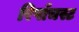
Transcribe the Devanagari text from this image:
रिपाँचस्ट